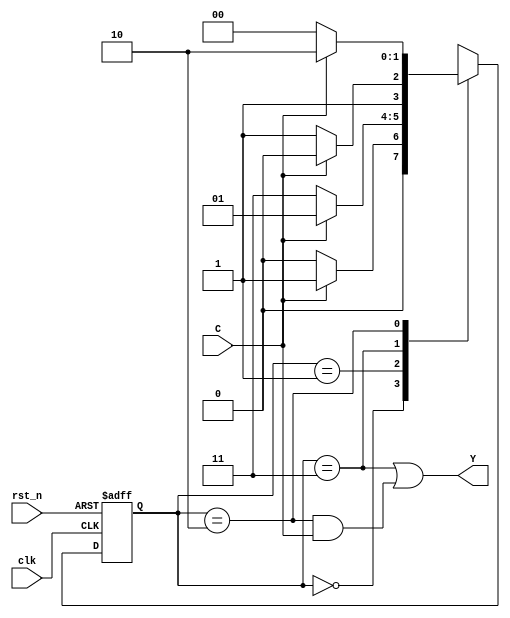
`timescale 1ns/1ns

module seq_circuit(
   input                C   ,
   input                clk ,
   input                rst_n,
 
   output   wire        Y   
);
   reg [1:0] state, next_state;

   always @(posedge clk or negedge rst_n) begin
      if(!rst_n) state <= 2'b00;
      else state <= next_state;
   end

   always @(*) begin
      case(state)
      2'b00: begin
         if(C == 0) next_state = 2'b00;
         else next_state = 2'b01;
      end
      2'b01: begin
         if(C == 0) next_state = 2'b11;
         else next_state = 2'b01;
      end
      2'b11: begin
         if(C == 0) next_state = 2'b11;
         else next_state = 2'b10;
      end
      2'b10: begin
         if(C == 0) next_state = 2'b00;
         else next_state = 2'b10;
      end
      endcase
   end

   assign Y = (state == 2'b11) | ((state == 2'b10) & (C == 1));
endmodule